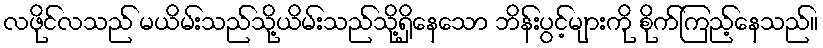
လဖိုင်လသည် မယိမ်းသည်သို့ယိမ်းသည်သို့ရှိနေသော ဘိန်းပွင့်များကို စိုက်ကြည့်နေသည်။